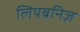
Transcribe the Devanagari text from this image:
लियबनिज़